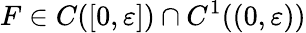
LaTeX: F\in C([0,\varepsilon])\cap C^{1}((0,\varepsilon))